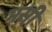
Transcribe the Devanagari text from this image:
भसी